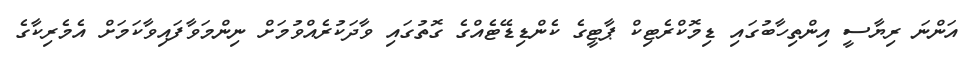
އަންނަ ރިޔާސީ އިންތިހާބުގައި ޑިމޮކްރެޓިކް ޕާޓީގެ ކެންޑިޑޭޓެއްގެ ގޮތުގައި ވާދަކުރެއްވުމަށް ނިންމަވާފައިވާކަމަށް އެމެރިކާގެ